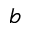
b